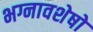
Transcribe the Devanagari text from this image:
भग्नावशेषो